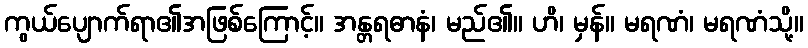
ကွယ်ပျောက်ရာ၏အဖြစ်ကြောင့်။ အန္တရဓာနံ၊ မည်၏။ ဟိ၊ မှန်။ မရဏံ၊ မရဏံသို့။